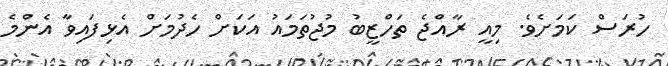
ހުރަސް ކަމަށެވެ. މިއީ ރާއްޖެ ތަހްޒީބު މުޖުތަމައު އަކަށް ހެދުމަށް އެޅިފައިވާ އެންމެ